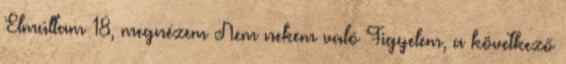
Elmúltam 18, megnézem Nem nekem való Figyelem, a következő